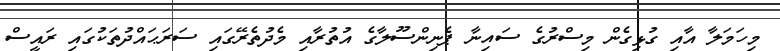
މިހަމަލާ އާއި ގުޅިގެން މިސްރުގެ ސައިނާ ޕެނިންސޫލާގެ އުތުރާއި މެދުތެރޭގައި ސަރަޙައްދުތަކުގައި ރައީސް